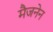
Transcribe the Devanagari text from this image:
मैजनेन